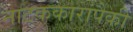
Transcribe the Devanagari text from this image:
नाटककारांपैकी